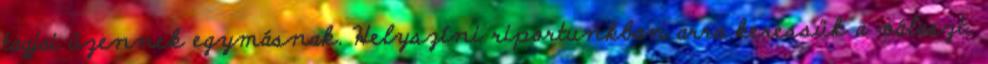
tagjai üzennek egymásnak. Helyszíni riportunkban arra keressük a választ,